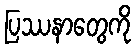
ပြဿနာတွေကို